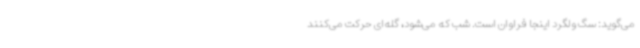
می‌گوید: سگ ولگرد اینجا فراوان است. شب که می‌شود، گله‌ای حرکت می‌کنند